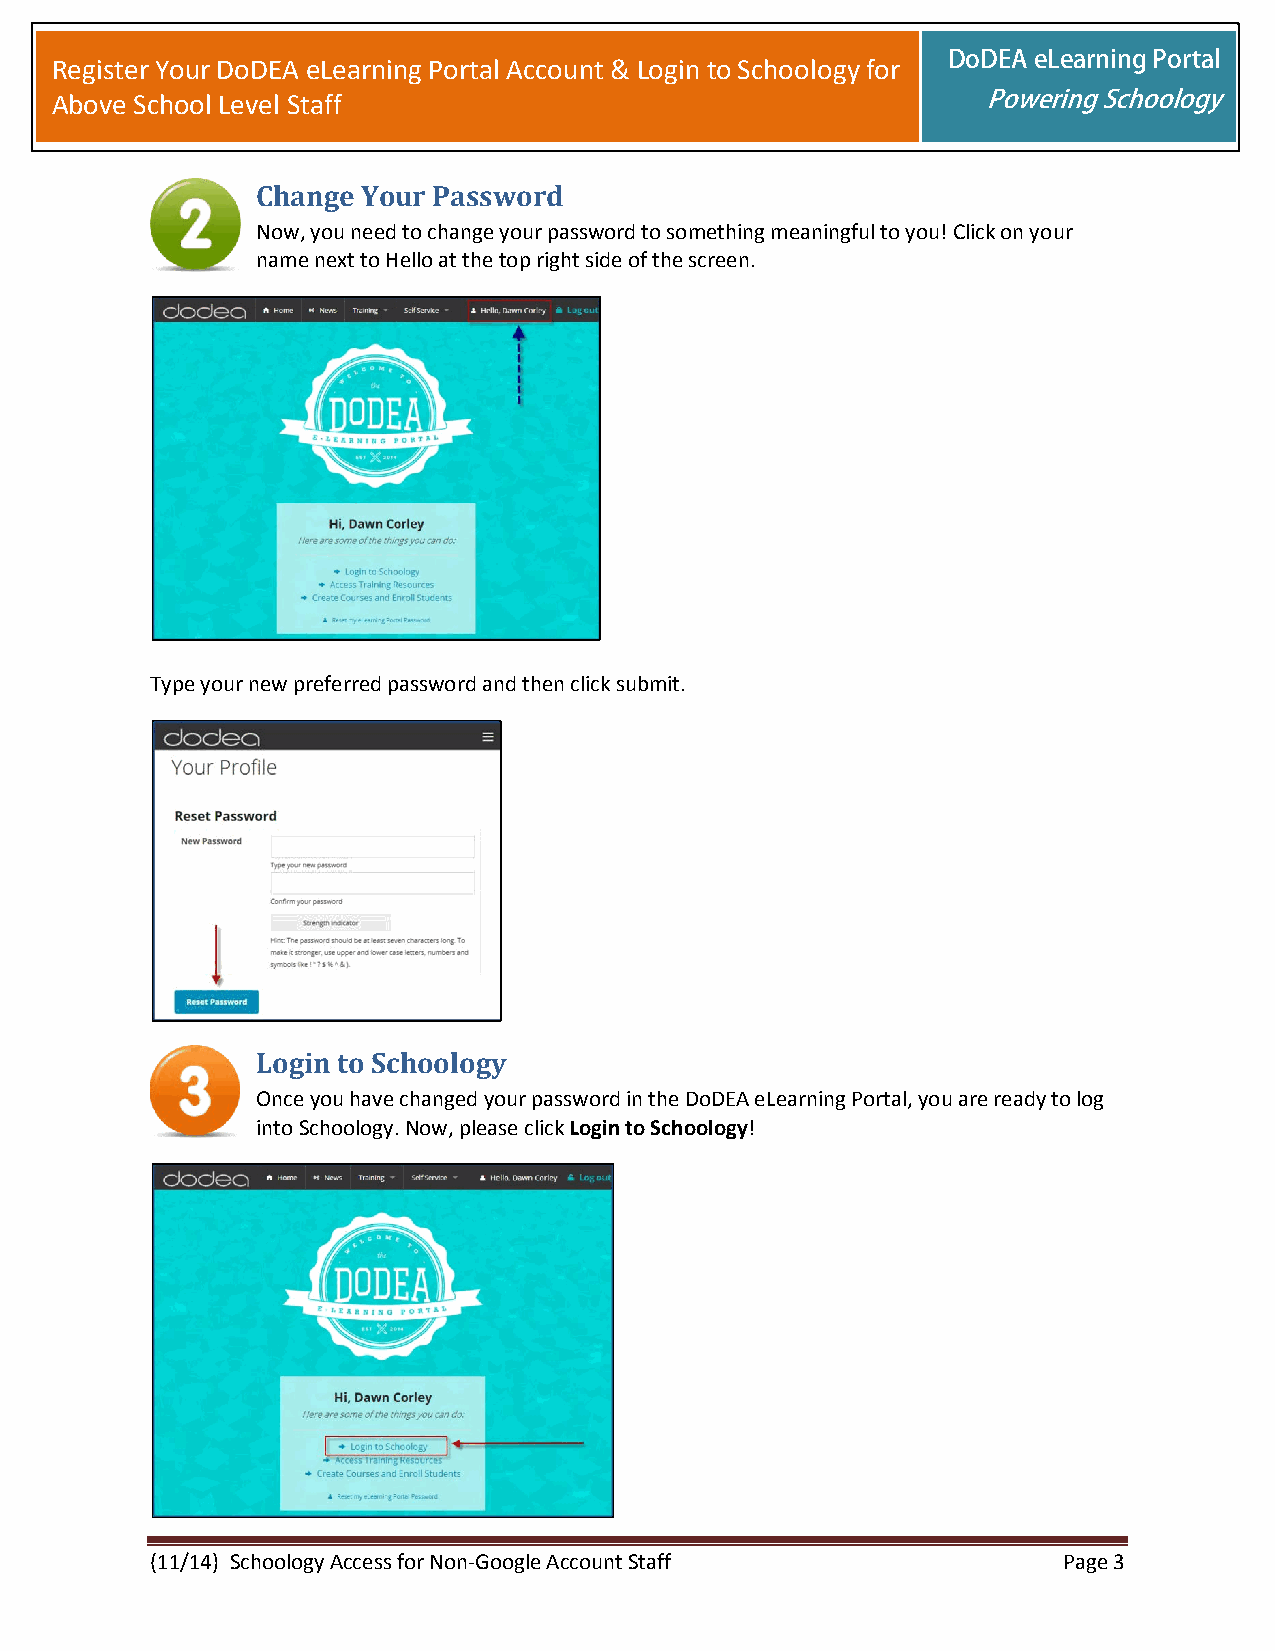
DoDEA eLearning Portal
 Register Your DoDEA eLearning Portal Account & Login to Schoology for
 Above School Level Staff                                      Powering Schoology
 Change Your Password
 Now, you need to change your password to something meaningful to you! Click on your
 name next to Hello at the top right side of the screen.
 Type your new preferred password and then click submit.
 Login to Schoology
 Once you have changed your password in the DoDEA eLearning Portal, you are ready to log
 into Schoology. Now, please click Login to Schoology!
 (11/14) Schoology Access for Non-Google Account Staff       Page 3